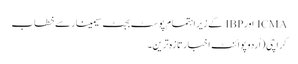
ICMA اورIBP کے زیر اہتمام پوسٹ بجٹ سیمینار سے خطاب
کراچی (اُردو پوائنٹ اخبارتازہ ترین۔